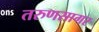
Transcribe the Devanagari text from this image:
तरुणसागर